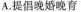
A.提倡晚婚晚育